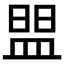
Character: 𰤼